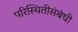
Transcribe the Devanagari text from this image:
परिस्थितीसंबंधी